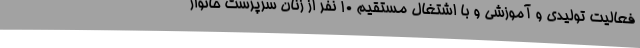
فعالیت تولیدی و آموزشی و با اشتغال مستقیم 10 نفر از زنان سرپرست خانوار